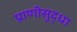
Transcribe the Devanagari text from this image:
प्राणीसुद्धा